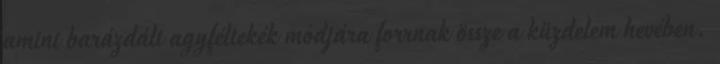
amint barázdált agyféltekék módjára forrnak össze a küzdelem hevében.